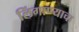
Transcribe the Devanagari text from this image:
लिंगाण्याचा